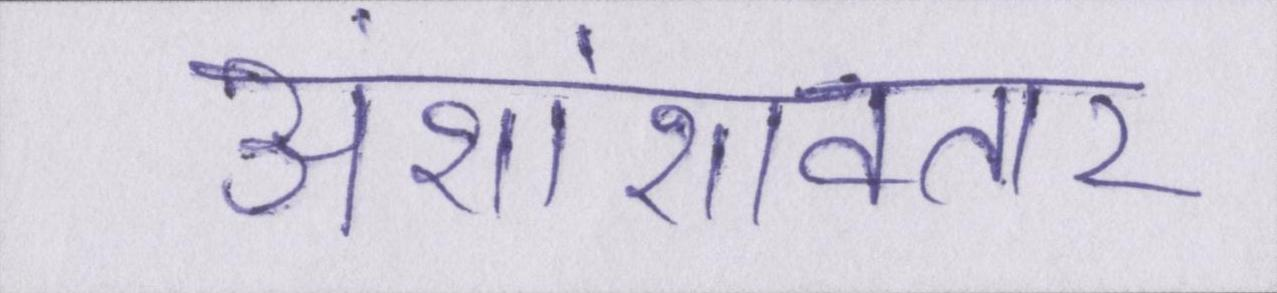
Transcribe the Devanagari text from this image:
अंशांशावतार